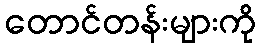
တောင်တန်းများကို